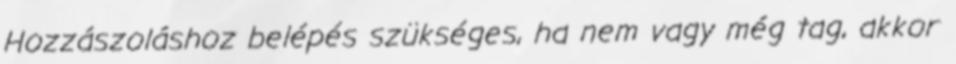
Hozzászoláshoz belépés szükséges, ha nem vagy még tag, akkor